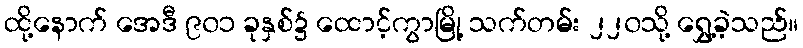
ထို့နောက် အေဒီ ၉၀၁ ခုနှစ်၌ ထောင့်ကွာမြို့ သက်တမ်း ၂၂၀သို့ ရွှေ့ခဲ့သည်။